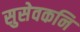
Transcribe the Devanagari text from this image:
सुसेवकनि